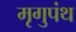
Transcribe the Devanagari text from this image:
मृगुपंथ